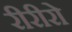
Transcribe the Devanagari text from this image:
रीरीरो